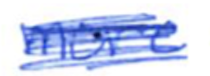
Text: more
Cross-out: scratch
Writing tool: ballpoint